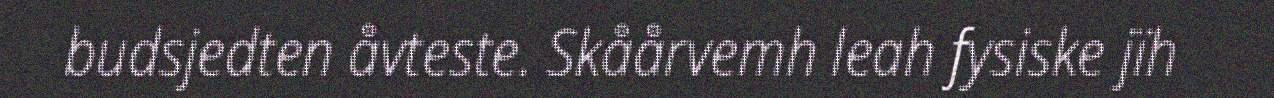
budsjedten åvteste. Skåårvemh leah fysiske jïh